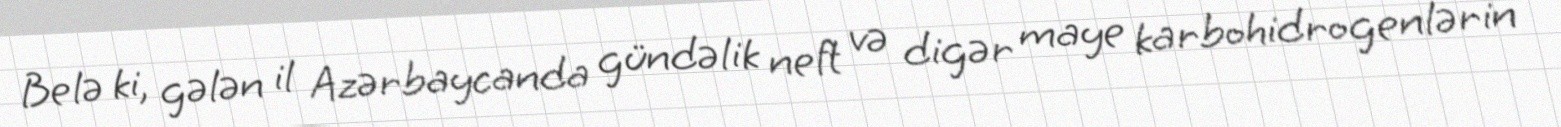
Belə ki, gələn il Azərbaycanda gündəlik neft və digər maye karbohidrogenlərin